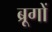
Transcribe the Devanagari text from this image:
ब्रूगों